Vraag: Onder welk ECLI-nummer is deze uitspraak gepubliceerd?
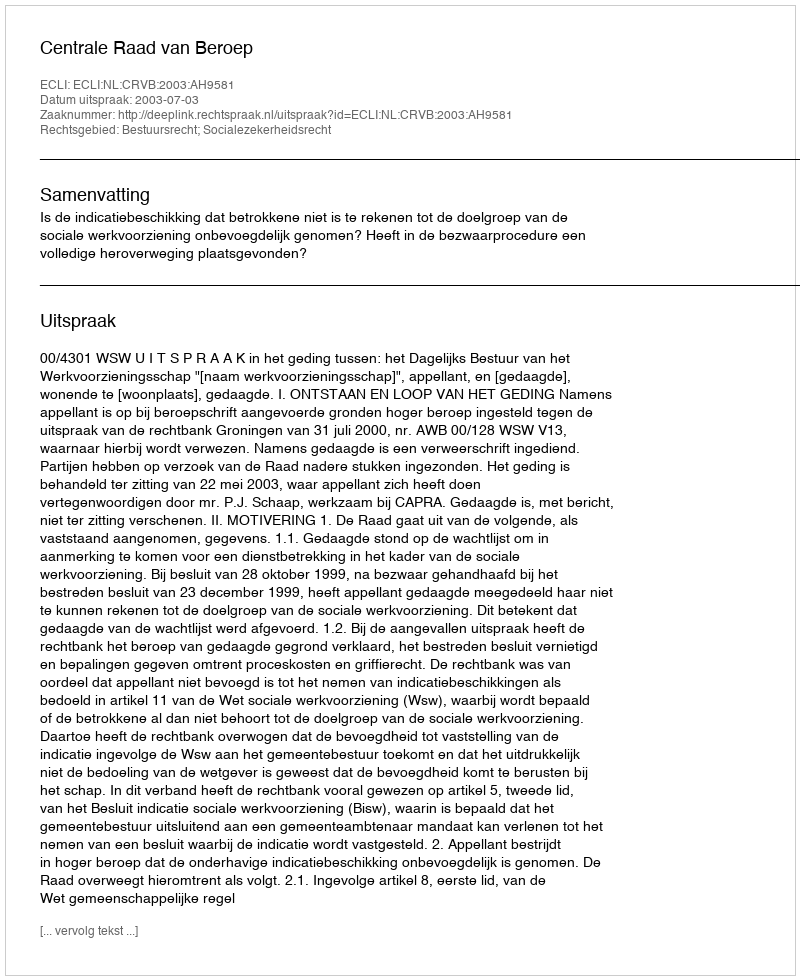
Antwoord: ECLI:NL:CRVB:2003:AH9581